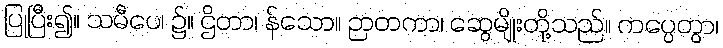
ပြုပြီး၍။ သမီပေ၊ ၌။ ဌိတာ၊ န်သော။ ဉာတကာ၊ ဆွေမျိုးတို့သည်။ ကပ္ပေတွာ၊